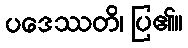
ပဒေဿတိ၊ ပြ၏။